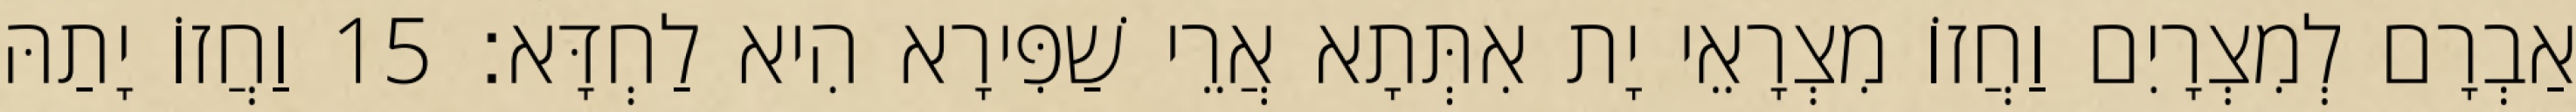
אַבְרָם לְמִצְרָיִם וַחֲזוֹ מִצְרָאֵי יָת אִתְּתָא אֲרֵי שַׁפִּירָא הִיא לַחְדָּא׃ 15 וַחֲזוֹ יָתַהּ